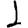
Digit: 1